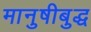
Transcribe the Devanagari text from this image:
मानुषीबुद्ध